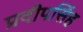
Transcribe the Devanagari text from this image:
प्रदीपसिंह